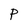
Character: P